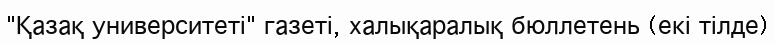
"Қазақ университеті" газеті, халықаралық бюллетень (екі тілде)